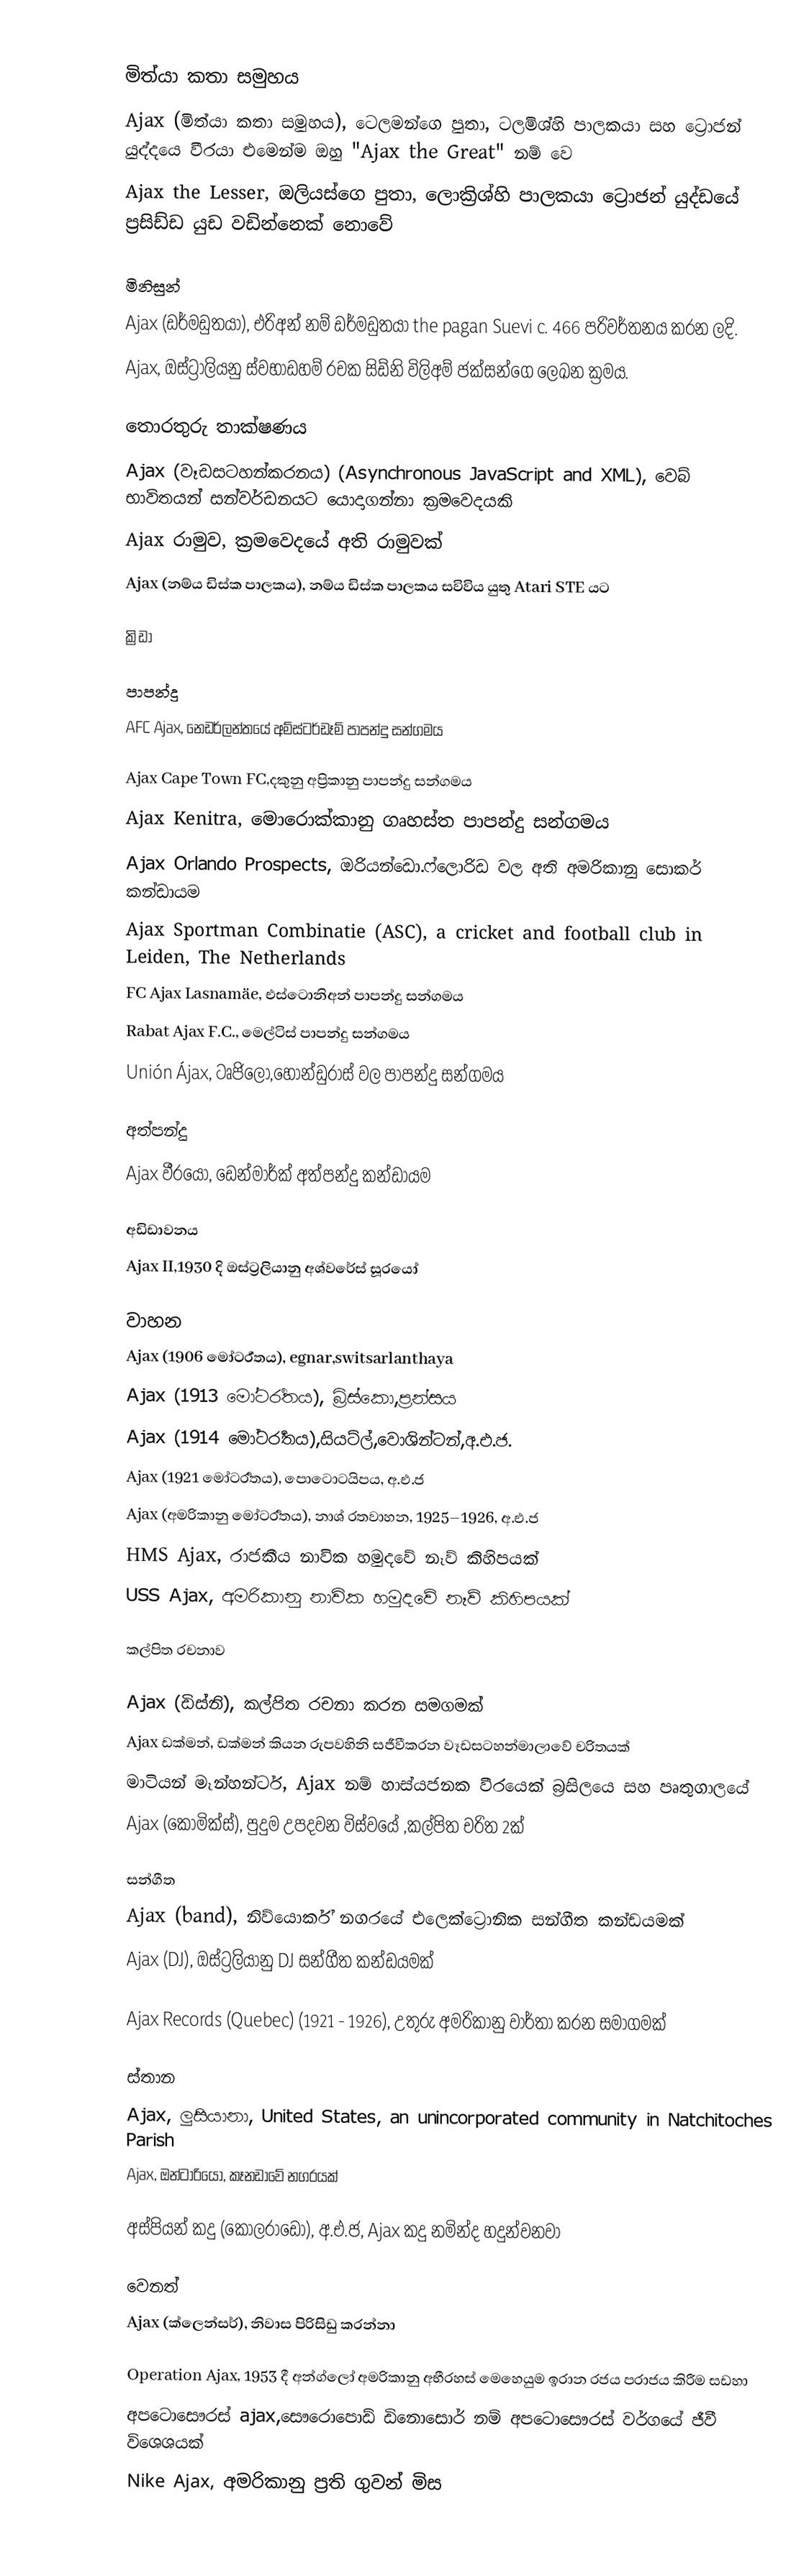

මිත්යා කතා සමුහය
 Ajax (මිත්යා කතා සමුහය), ටෙලමන්ගෙ පුතා, ටලමිශ්හි පාලකයා සහ ට්‍රොජන් යුද්දයෙ වීරයා එමෙන්ම ඔහු "Ajax the Great" නම් වෙ
 Ajax the Lesser, ඔලියස්ගෙ පුතා, ලොක්‍රිශ්හි පාලකයා ට්‍රොජන් යුද්ඩයේ ප්‍රසිඩ්ඩ යුඩ වඩින්නෙක් නොවේ

මිනිසුන්
 Ajax (ඩර්මඩුතයා), එරිඅන් නම් ඩර්මඩුතයා the pagan Suevi c. 466 පරිවර්තනය කරන ලදි.
 Ajax, ඔස්ට්‍රාලියනු ස්වභාඩහම් රචක සිඩ්නි විලිඅම් ජක්සන්ගෙ ලෙඛන ක්‍රමය.

තොරතුරු තාක්ෂණය
 Ajax (වෑඩසටහන්කරනය) (Asynchronous JavaScript and XML), වෙබ් භාවිතයන් සන්වර්ඩනයට යොදාගන්නා ක්‍රමවෙදයකි
 Ajax රාමුව, ක්‍රමවෙදයේ අති රාමුවක්
 Ajax (නම්ය ඩිස්ක පාලකය), නම්ය ඩිස්ක පාලකය සවිවිය යුතු  Atari STE යට

ක්‍රිඩා

පාපන්දු
 AFC Ajax, නෙඩර්ලන්තයේ අම්ස්ටර්ඩෑම්  පාපන්දු සන්ගමය

 Ajax Cape Town FC,දකුනු අප්‍රිකානු පාපන්දු සන්ගමය
 Ajax Kenitra, මොරොක්කානු ගෘහස්ත පාපන්දු සන්ගමය
 Ajax Orlando Prospects, ඔරියන්ඩො.ෆ්ලොරිඩ වල අති අමරිකානු සොකර් කන්ඩායම
 Ajax Sportman Combinatie (ASC), a cricket and football club in Leiden, The Netherlands
 FC Ajax Lasnamäe, එස්ටොනිඅන් පාපන්දු සන්ගමය
 Rabat Ajax F.C., මෙල්ටිස් පාපන්දු සන්ගමය
 Unión Ájax, ටෘජිලෝ,හොන්ඩුරාස් වල පාපන්දු සන්ගමය

අත්පන්දු
 Ajax වීරයෝ, ඩෙන්මාර්ක් අත්පන්දු කන්ඩායම

අඩිඩාවනය
 Ajax II,1930 දි ඔස්ට්‍රලියානු අශ්වරේස් සූරයෝ

වාහන
 Ajax (1906 මෝටර්‍රතය),  egnar,switsarlanthaya
 Ajax (1913 මෝටර්‍රතය), බ්‍රිස්කො,ප්‍රන්සය
 Ajax (1914 මෝටර්‍රතය),සියට්ල්,වොශින්ටන්,අ.එ.ජ.
 Ajax (1921 මෝටර්‍රතය), පොටොටයිපය, අ.එ.ජ
 Ajax (අමරිකානු මෝටර්‍රතය), නාශ් රතවාහන, 1925–1926, අ.එ.ජ
 HMS Ajax, රාජකීය නාවික හමුදවේ නෑව් කිහිපයක්
 USS Ajax, අමරිකානු නාවික හමුදවේ නෑව් කිහිපයක්

කල්පිත රචනාව

 Ajax (ඩිස්නි), කල්පිත රචනා කරන සමගමක්
 Ajax ඩක්මන්, ඩක්මන් කියන රුපවහිනි සජීවීකරන වෑඩසටහන්මාලාවේ චරිතයක්
 මාටියන් මෑන්හන්ටර්, Ajax නම් හාස්යජනක වීරයෙක් බ්‍රසිලයෙ සහ පෘතුගාලයේ
 Ajax (කොමික්ස්), පුදුම උපදවන විස්වයේ ,කල්පිත චරිත 2ක්

සන්ගීත
 Ajax (band), නිව්යොර්ක් නගරයේ එලෙක්ට්‍රොනික සන්ගීත කන්ඩයමක්
 Ajax (DJ), ඔස්ට්‍රලියානු DJ සන්ගීත කන්ඩයමක්

 Ajax Records (Quebec) (1921 - 1926), උතුරු අමරිකානු වාර්තා කරන සමාගමක්

ස්තාන
 Ajax, ලුසියානා, United States, an unincorporated community in Natchitoches Parish
 Ajax, ඔන්ටාරියෝ, කෑනඩාවේ නගරයක්

 අස්පියන් කදු (කොලරාඩෝ), අ.එ.ජ,  Ajax කදු නමින්ද හදුන්වනවා

වෙනත්
 Ajax (ක්ලෙන්සර්), නිවාස පිරිසිඩු කරන්නා

 Operation Ajax, 1953 දී අන්ග්ලෝ අමරිකානු අභීරහස් මෙහෙයුම ඉරාන රජය පරාජය කිරීම සඩහා
 අපටොසෞරස් ajax,සෞරොපොඩ් ඩිනොසොර් නම් අපටොසෞරස් වර්ගයේ ජීවී විශෙශයක්
 Nike Ajax, අමරිකානු ප්‍රති ගුවන් මිස